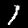
Digit: 1